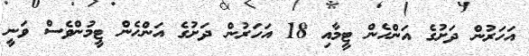
އަހަރުން ދަށުގެ އަންހެން ޓީމާއި 18 އަހަރުން ދަށުގެ އަންހެން ޓީމުންވެސް ވަނީ